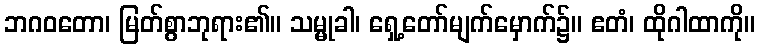
ဘဂဝတော၊ မြတ်စွာဘုရား၏။ သမ္မုခါ၊ ရှေ့တော်မျက်မှောက်၌။ ဧတံ၊ ထိုဂါထာကို။